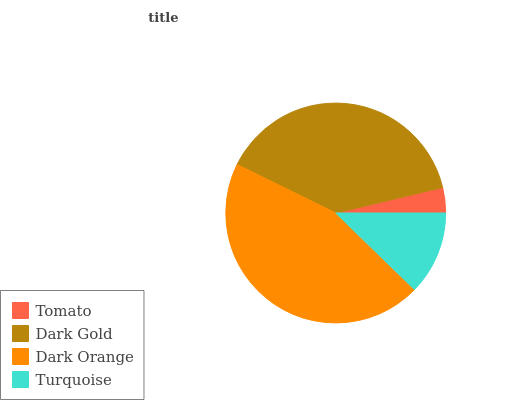
| Tomato | Dark Gold | Dark Orange | Turquoise |
 | --- | --- | --- | --- |
 | 3.72% | 39% | 45% | 12.3% |